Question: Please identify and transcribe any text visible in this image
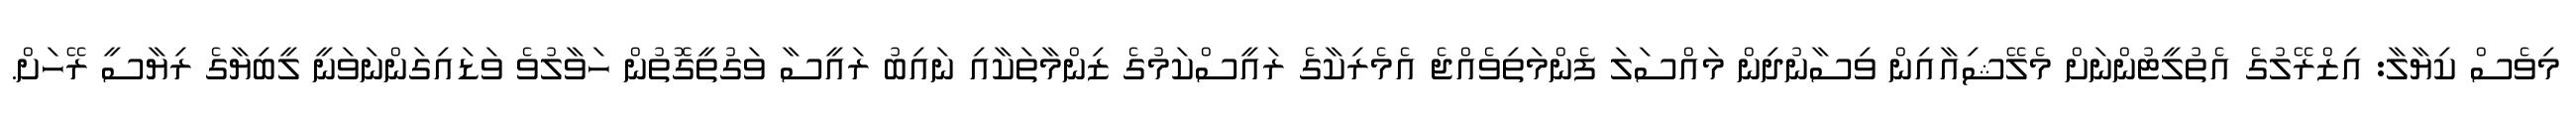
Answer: މިވެސް ކިޔާލާ: އިޒްރޭލުގެ އެތުލީޓުންނަށް މެލޭޝިއާއިން ވިސާނުދިން މައްސަލަ ފެންމަތިވެއްޖެ އެމެރިކާގެ ރައީސްކަމުގެ ޒިންމާތަކާއި ނައިބު ރައީސާ ވަގުތީގޮތުން ހަވާލުވެ ވަޑައިގަންނަވަނީ ލީބިޔާގެ ރިޔާސީ ރޭހަށް.